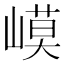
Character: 𡻟